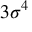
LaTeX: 3 \sigma ^ { 4 }